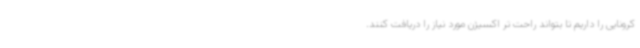
کرونایی را داریم تا بتواند راحت تر اکسیژن مورد نیاز را دریافت کنند.